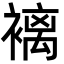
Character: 褵